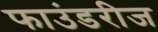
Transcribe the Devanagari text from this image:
फाउंडरीज